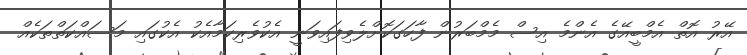
އޭރު އޮތް އެމްބީއޭގެ އެންމެ އިސް މެމްބަރުން ފާހަގަކޮށްލެވިފައިވަނީ އެކުވެރިކަމާއެކު އެކުގައި މަސައްކަތްތަކެއް